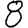
Digit: 8